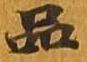
品